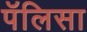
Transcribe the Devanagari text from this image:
पॅलिसा